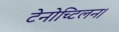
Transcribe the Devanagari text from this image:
टेनोच्टिलन।